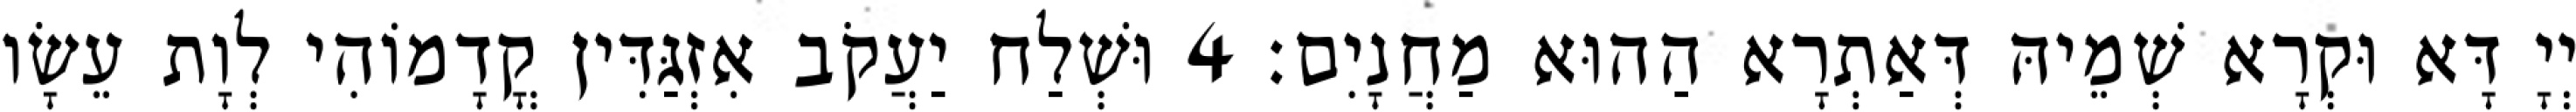
יְיָ דָּא וּקְרָא שְׁמֵיהּ דְּאַתְרָא הַהוּא מַחֲנָיִם׃ 4 וּשְׁלַח יַעֲקֹב אִזְגַּדִּין קֳדָמוֹהִי לְוָת עֵשָׂו